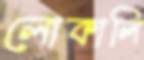
লোকালি